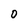
Character: 0